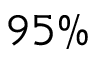
9 5 \%